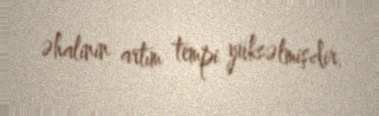
əhalinin artım tempi yüksəlmişdir.